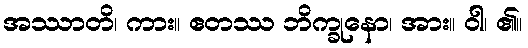
အဿာတိ၊ ကား။ ဧတဿ ဘိက္ခုနော၊ အား။ ဝါ၊ ၏။